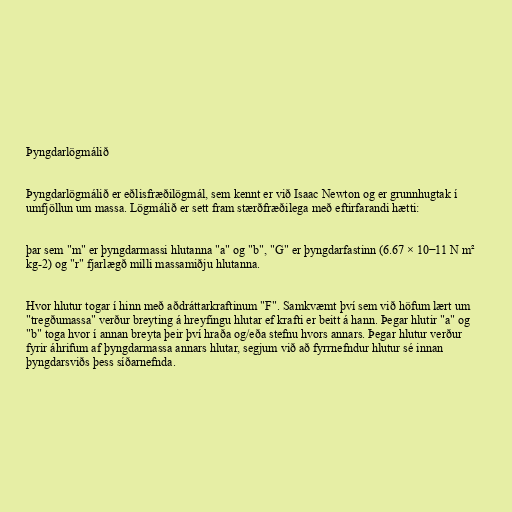
Þyngdarlögmálið

Þyngdarlögmálið er eðlisfræðilögmál, sem kennt er við Isaac Newton og er grunnhugtak í
umfjöllun um massa. Lögmálið er sett fram stærðfræðilega með eftirfarandi hætti:

þar sem "m" er þyngdarmassi hlutanna "a" og "b", "G" er þyngdarfastinn (6.67 × 10−11 N m²
kg-2) og "r" fjarlægð milli massamiðju hlutanna.

Hvor hlutur togar í hinn með aðdráttarkraftinum "F". Samkvæmt því sem við höfum lært um
"tregðumassa" verður breyting á hreyfingu hlutar ef krafti er beitt á hann. Þegar hlutir "a" og
"b" toga hvor í annan breyta þeir því hraða og/eða stefnu hvors annars. Þegar hlutur verður
fyrir áhrifum af þyngdarmassa annars hlutar, segjum við að fyrrnefndur hlutur sé innan
þyngdarsviðs þess síðarnefnda.